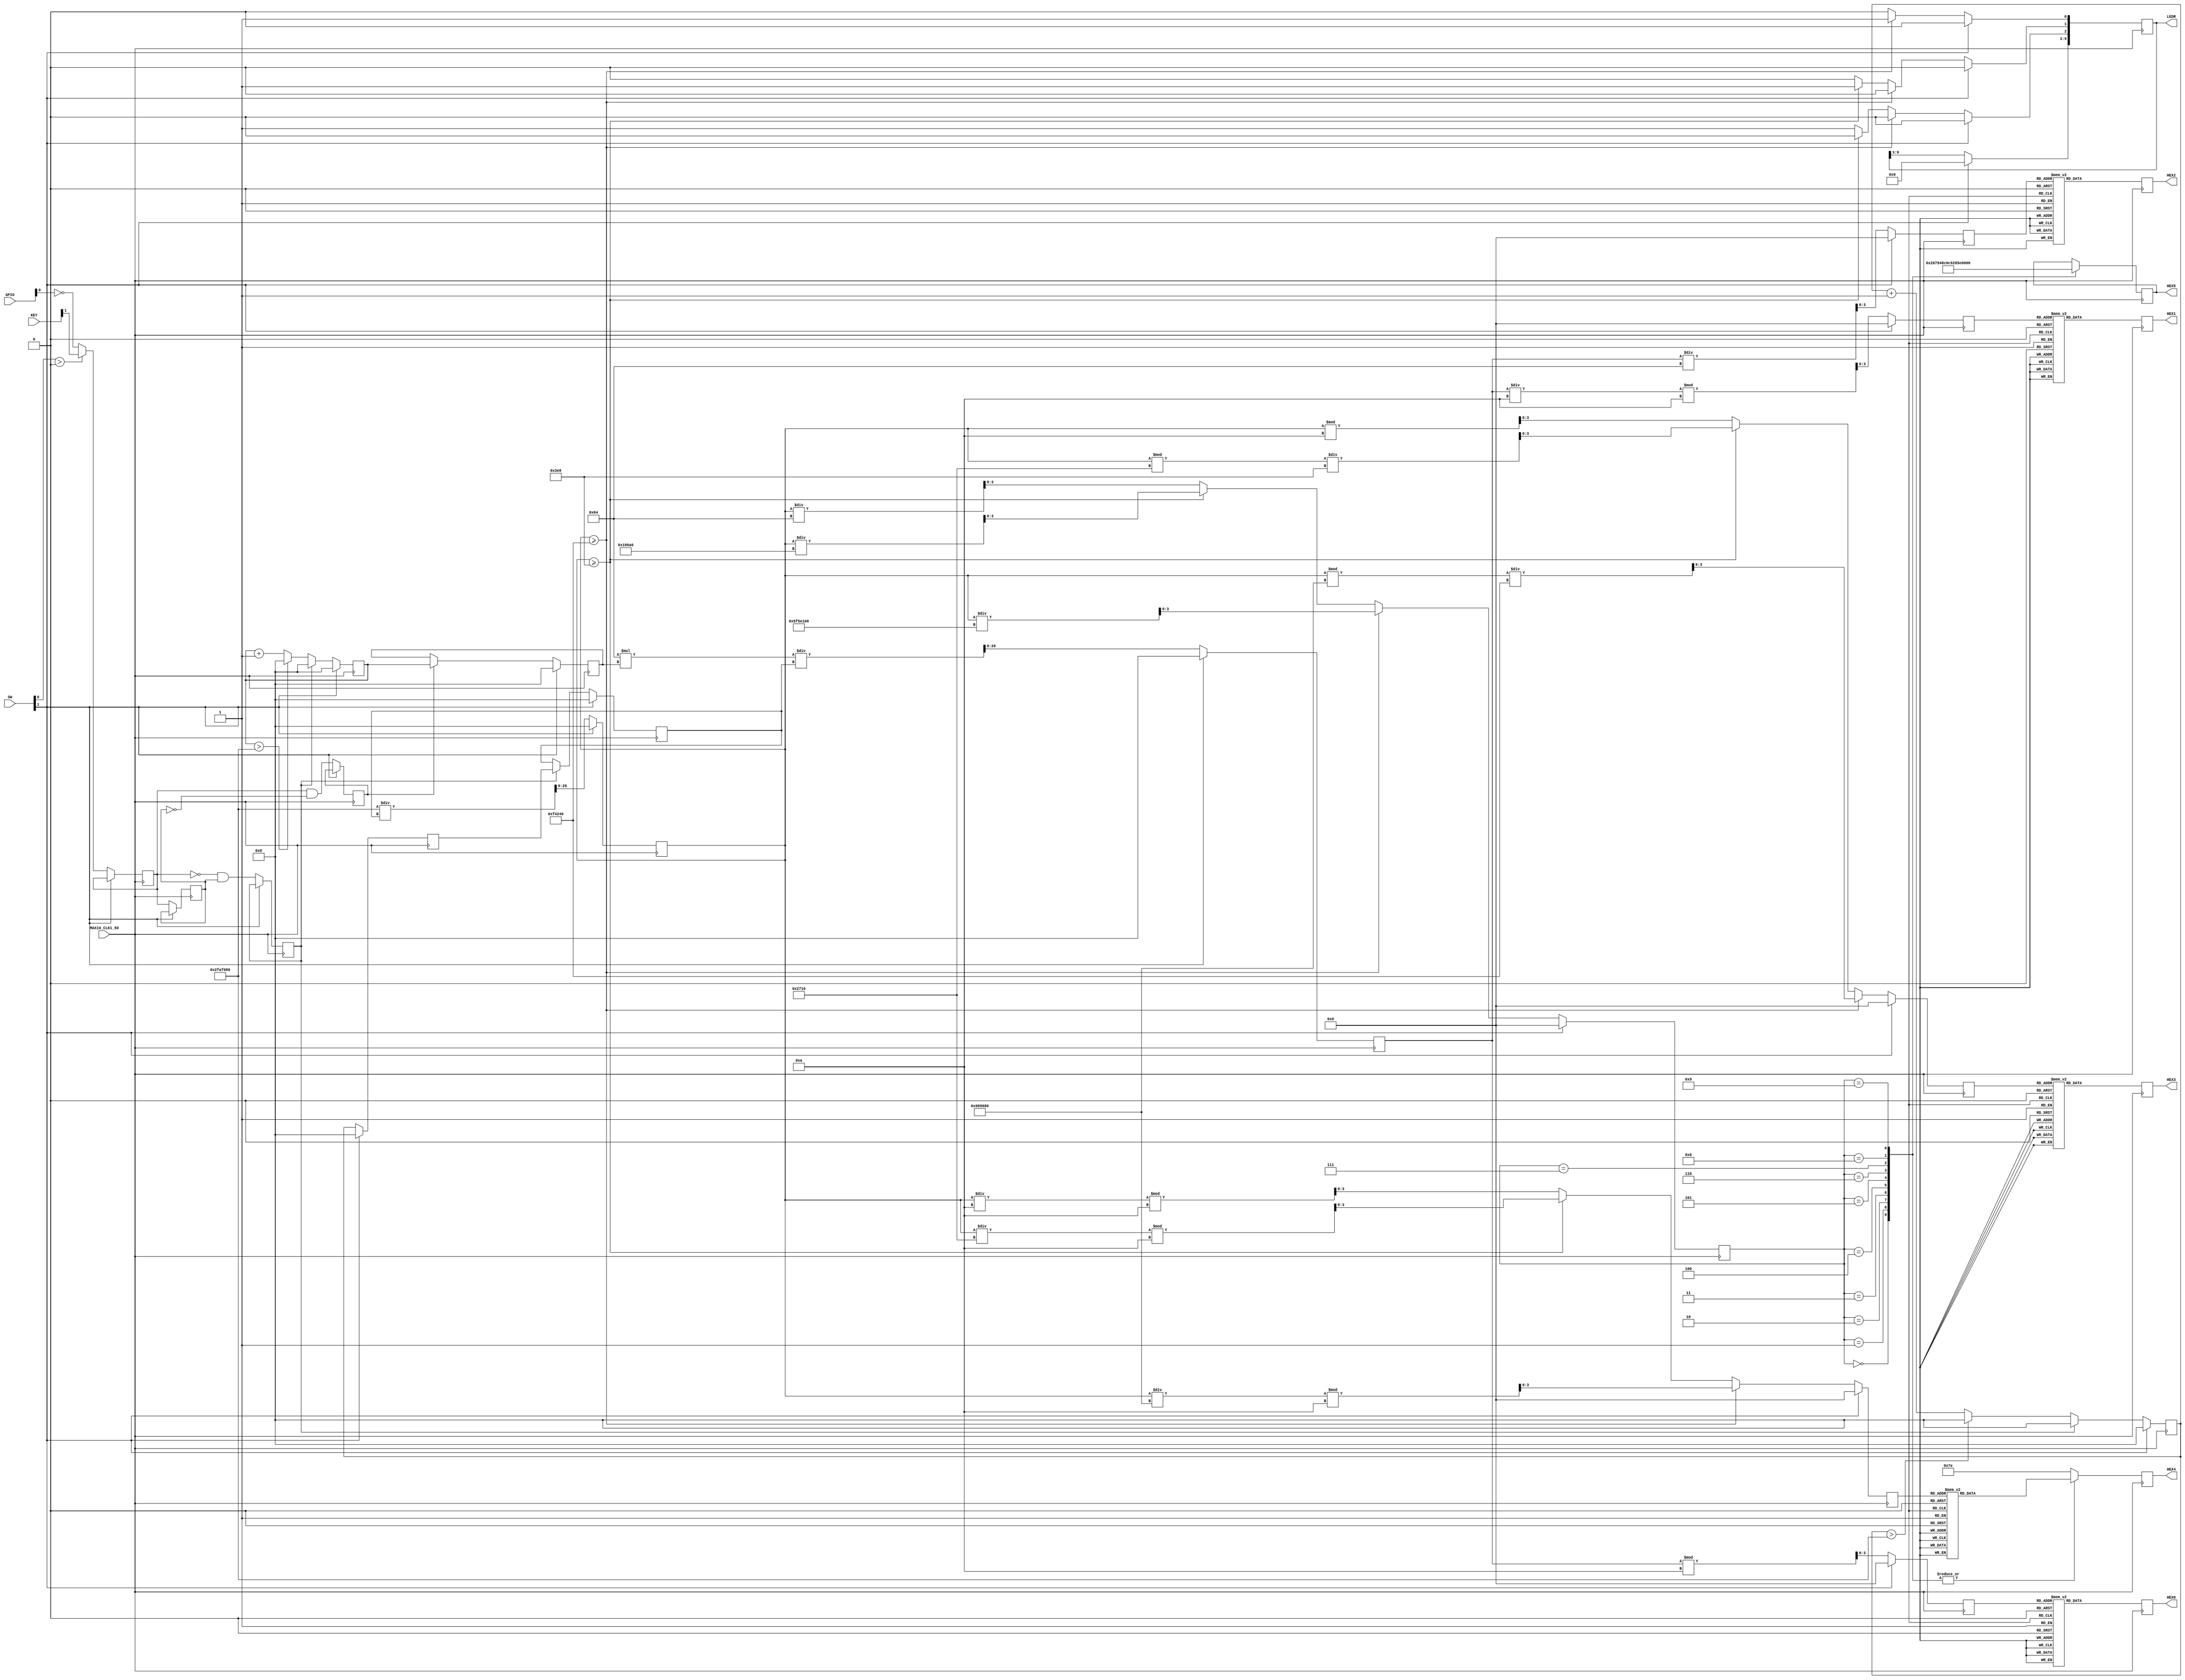
module FrequencyDetector(MAX10_CLK1_50, KEY, HEX0, HEX1, HEX2, HEX3, HEX4, HEX5, LEDR, SW, GPIO);
	input [0:0] MAX10_CLK1_50;
	input [1:0] KEY; // Keys for input and manual reset (0 for reset, 1 for input)
	output reg [6:0] HEX0, HEX1, HEX2, HEX3, HEX4, HEX5; // Registers for 7-seg displays
	
	output reg [9:0] LEDR;
	
	input [9:0] SW;
	input [34:0] GPIO;
	
	reg [26:0] output_frequency;
	reg [26:0] output_pulse_width;
	reg [26:0] full_width_count;
	reg [26:0] num_pulse_width;
	reg [26:0] num_period_width;
	reg [26:0] count_pos_pos;
	reg [26:0] count_pos_neg;	
	
	reg[3:0] digit0, digit1, digit2, digit3, digit4, digit5;

	reg edgeFront, edgeBack, edgePos, edgeNeg;
	
	always @ (posedge MAX10_CLK1_50)
	begin
		if (SW[1] == 1) begin
			count_pos_pos <= 0;
			count_pos_neg <= 0;
			output_frequency <= 0;
			output_pulse_width <= 0;
			num_period_width <= 0;
			full_width_count <= 0;
			num_pulse_width <= 0;
			num_period_width <= 0;
			
			
			digit0 <= 0;
			digit1 <= 0;
			digit2 <= 0;
			digit3 <= 0;
			digit4 <= 0;
			digit5 <= 0;
			LEDR <= 8'b000000000;
			
			
		end
		else begin
			
			count_pos_pos <= count_pos_pos + 1;
			full_width_count <= count_pos_pos;
			count_pos_neg <= count_pos_neg + 1;
			if (count_pos_pos > 50000000) begin
				count_pos_pos <= 0; end
			if (count_pos_neg > 50000000) begin
				count_pos_neg <= 0; end
			
			if (SW[0] > 0) begin
				edgeFront <= KEY[1]; end
			else begin
				edgeFront <= ~GPIO[0]; end
			edgeBack <= edgeFront;
			edgePos <= (~edgeFront) & edgeBack;
			edgeNeg <= edgeFront & (~edgeBack);
			
			
			
			if (edgeNeg) begin
				num_pulse_width <= count_pos_neg;
			end
			
			if (edgePos) begin
				count_pos_neg <= 0;
				count_pos_pos <= 0;
				num_period_width <= full_width_count;
				
				
				
			end
			
			output_pulse_width <= (100 * num_pulse_width) / num_period_width;
			digit0 <= output_pulse_width / 100;
			digit1 <= (output_pulse_width / 10) % 10;
			digit2 <= output_pulse_width % 10;

			output_frequency <= 50000000 / num_period_width;

			if (output_frequency >= 1000000) begin
				digit3 <= output_frequency / 100000000;
				digit4 <= (output_frequency / 10000000) % 10;
				digit5 <= (output_frequency % 10000000)/1000000;
				LEDR[2] <= 0;
				LEDR[1] <= 0;
				LEDR[0] <= 1;end
			else if (output_frequency >= 1000) begin
				digit3 <= output_frequency / 100000;
				digit4 <= (output_frequency / 10000) % 10;
				digit5 <= (output_frequency % 10000)/1000;
				LEDR[2] <= 0;
				LEDR[1] <= 1;
				LEDR[0] <= 0;end
			else begin
				digit3 <= output_frequency / 100;
				digit4 <= (output_frequency / 10) % 10;
				digit5 <= output_frequency % 10;
				LEDR[2] <= 1;
				LEDR[1] <= 0;
				LEDR[0] <= 0;
			end
		end
		
	end
	
		
	always @ (posedge MAX10_CLK1_50)
	begin
		case(digit2)
		// outputting a zero = 0111111 = 63
		0:	HEX0[6:0] = 7'b1000000;
		// outputting a one = 0000110 = 6
		1: HEX0[6:0] = 7'b1111001;
		// outputting a two = 1011011 = 91
		2:	HEX0[6:0] = 7'b0100100;
		// outputting a three = 1001111 = 79
		3:	HEX0[6:0] = 7'b0110000;
		// outputting a four = 1100110 = 102
		4:	HEX0[6:0] = 7'b0011001;
		// outputting a five = 1101101 = 109
		5:	HEX0[6:0] = 7'b0010010;
		// outputting a six = 1111101 = 125
		6:	HEX0[6:0] = 7'b0000010;
		// outputting a seven = 0000111 = 7
		7:	HEX0[6:0] = 7'b1111000;
		// outputting an eight = 1111111 = 127
		8:	HEX0[6:0] = 7'b0000000;
		// outputting a nine = 1100111 = 103
		9:	HEX0[6:0] = 7'b0011000;
		default:	HEX0[6:0] = 7'b1111110;
	endcase
	
	case(digit1)
		// outputting a zero = 0111111 = 63
		0:	HEX1[6:0] = 7'b1000000;
		// outputting a one = 0000110 = 6
		1: HEX1[6:0] = 7'b1111001;
		// outputting a two = 1011011 = 91
		2:	HEX1[6:0] = 7'b0100100;
		// outputting a three = 1001111 = 79
		3:	HEX1[6:0] = 7'b0110000;
		// outputting a four = 1100110 = 102
		4:	HEX1[6:0] = 7'b0011001;
		// outputting a five = 1101101 = 109
		5:	HEX1[6:0] = 7'b0010010;
		// outputting a six = 1111101 = 125
		6:	HEX1[6:0] = 7'b0000010;
		// outputting a seven = 0000111 = 7
		7:	HEX1[6:0] = 7'b1111000;
		// outputting an eight = 1111111 = 127
		8:	HEX1[6:0] = 7'b0000000;
		// outputting a nine = 1100111 = 103
		9:	HEX1[6:0] = 7'b0011000;
		default:	HEX1[6:0] = 7'b1111110;
	endcase
	case(digit0)
		// outputting a zero = 0111111 = 63
		0:	HEX2[6:0] = 7'b1000000;
		// outputting a one = 0000110 = 6
		1: HEX2[6:0] = 7'b1111001;
		// outputting a two = 1011011 = 91
		2:	HEX2[6:0] = 7'b0100100;
		// outputting a three = 1001111 = 79
		3:	HEX2[6:0] = 7'b0110000;
		// outputting a four = 1100110 = 102
		4:	HEX2[6:0] = 7'b0011001;
		// outputting a five = 1101101 = 109
		5:	HEX2[6:0] = 7'b0010010;
		// outputting a six = 1111101 = 125
		6:	HEX2[6:0] = 7'b0000010;
		// outputting a seven = 0000111 = 7
		7:	HEX2[6:0] = 7'b1111000;
		// outputting an eight = 1111111 = 127
		8:	HEX2[6:0] = 7'b0000000;
		// outputting a nine = 1100111 = 103
		9:	HEX2[6:0] = 7'b0011000;
		default:	HEX2[6:0] = 7'b1111110;
	endcase
	case(digit5)
		// outputting a zero = 0111111 = 63
		0:	HEX3[6:0] = 7'b1000000;
		// out3utting a one = 0000110 = 6
		1: HEX3[6:0] = 7'b1111001;
		// out3utting a two = 1011011 = 91
		2:	HEX3[6:0] = 7'b0100100;
		// outputting a three = 1001111 = 79
		3:	HEX3[6:0] = 7'b0110000;
		// outputting a four = 1100110 = 102
		4:	HEX3[6:0] = 7'b0011001;
		// outputting a five = 1101101 = 109
		5:	HEX3[6:0] = 7'b0010010;
		// outputting a six = 1111101 = 125
		6:	HEX3[6:0] = 7'b0000010;
		// outputting a seven = 0000111 = 7
		7:	HEX3[6:0] = 7'b1111000;
		// outputting an eight = 1111111 = 127
		8:	HEX3[6:0] = 7'b0000000;
		// outputting a nine = 1100111 = 103
		9:	HEX3[6:0] = 7'b0011000;
		default:	HEX3[6:0] = 7'b1111110;
	endcase
	case(digit4)
		// outputting a zero = 0111111 = 63
		0:	HEX4[6:0] = 7'b1000000;
		// outputting a one = 0000110 = 6
		1: HEX4[6:0] = 7'b1111001;
		// outputting a two = 1011011 = 91
		2:	HEX4[6:0] = 7'b0100100;
		// outputting a three = 1001111 = 79
		3:	HEX4[6:0] = 7'b0110000;
		// outputting a four = 1100110 = 102
		4:	HEX4[6:0] = 7'b0011001;
		// outputting a five = 1101101 = 109
		5:	HEX4[6:0] = 7'b0010010;
		// outputting a six = 1111101 = 125
		6:	HEX4[6:0] = 7'b0000010;
		// outputting a seven = 0000111 = 7
		7:	HEX4[6:0] = 7'b1111000;
		// outputting an eight = 1111111 = 127
		8:	HEX4[6:0] = 7'b0000000;
		// outputting a nine = 1100111 = 103
		9:	HEX4[6:0] = 7'b0011000;
		default:	HEX4[6:0] = 7'b1111110;
	endcase
	case(digit3)
		// outputting a zero = 0111111 = 63
		0:	HEX5[6:0] = 7'b1000000;
		// oututting a one = 0000110 = 6
		1: HEX5[6:0] = 7'b1111001;
		// outputting a two = 1011011 = 91
		2:	HEX5[6:0] = 7'b0100100;
		// outputting a three = 1001111 = 79
		3:	HEX5[6:0] = 7'b0110000;
		// outputting a four = 1100110 = 102
		4:	HEX5[6:0] = 7'b0011001;
		// outputting a five = 1101101 = 109
		5:	HEX5[6:0] = 7'b0010010;
		// outputting a six = 1111101 = 125
		6:	HEX5[6:0] = 7'b0000010;
		// outputting a seven = 0000111 = 7
		7:	HEX5[6:0] = 7'b1111000;
		// outputting an eight = 1111111 = 127
		8:	HEX5[6:0] = 7'b0000000;
		// outputting a nine = 1100111 = 103
		9:	HEX5[6:0] = 7'b0011000;
		default:	HEX4[6:0] = 7'b1111110;
	endcase
	end
		
	
	
endmodule